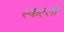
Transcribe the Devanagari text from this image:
स्कल्ली